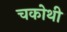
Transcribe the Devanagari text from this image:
चकोथी